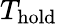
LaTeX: T_{\mathrm{hold}}